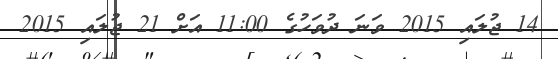
14 ޖުލައި 2015 ވަނަ ދުވަހުގެ 11:00 އަށް 21 ޖުލައި 2015